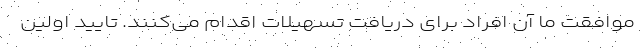
موافقت ما آن افراد برای دریافت تسهیلات اقدام می‌کنند. تایید اولین